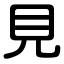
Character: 見